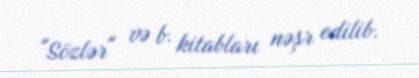
"Sözlər" və b. kitabları nəşr edilib.